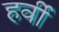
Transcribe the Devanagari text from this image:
हर्वी